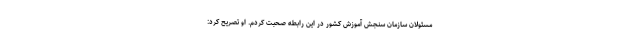
مسئولان سازمان سنجش آموزش کشور در این رابطه صحبت کردم. او تصریح کرد: